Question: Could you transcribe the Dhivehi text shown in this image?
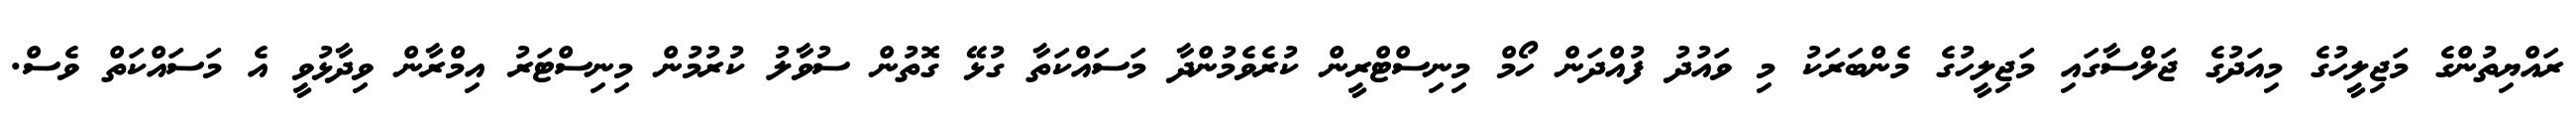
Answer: ރައްޔިތުންގެ މަޖިލީހުގެ މިއަދުގެ ޖަލްސާގައި މަޖިލީހުގެ މެންބަރަކު މި ވައުދު ފުއްދަން ހޯމް މިނިސްޓްރީން ކުރެވެމުންދާ މަސައްކަތާ ގުޅޭ ގޮތުން ސުވާލު ކުރުމުން މިނިސްޓަރު އިމްރާން ވިދާޅުވީ އެ މަސައްކަތް ވެސް.